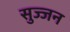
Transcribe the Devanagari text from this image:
सुज्जन